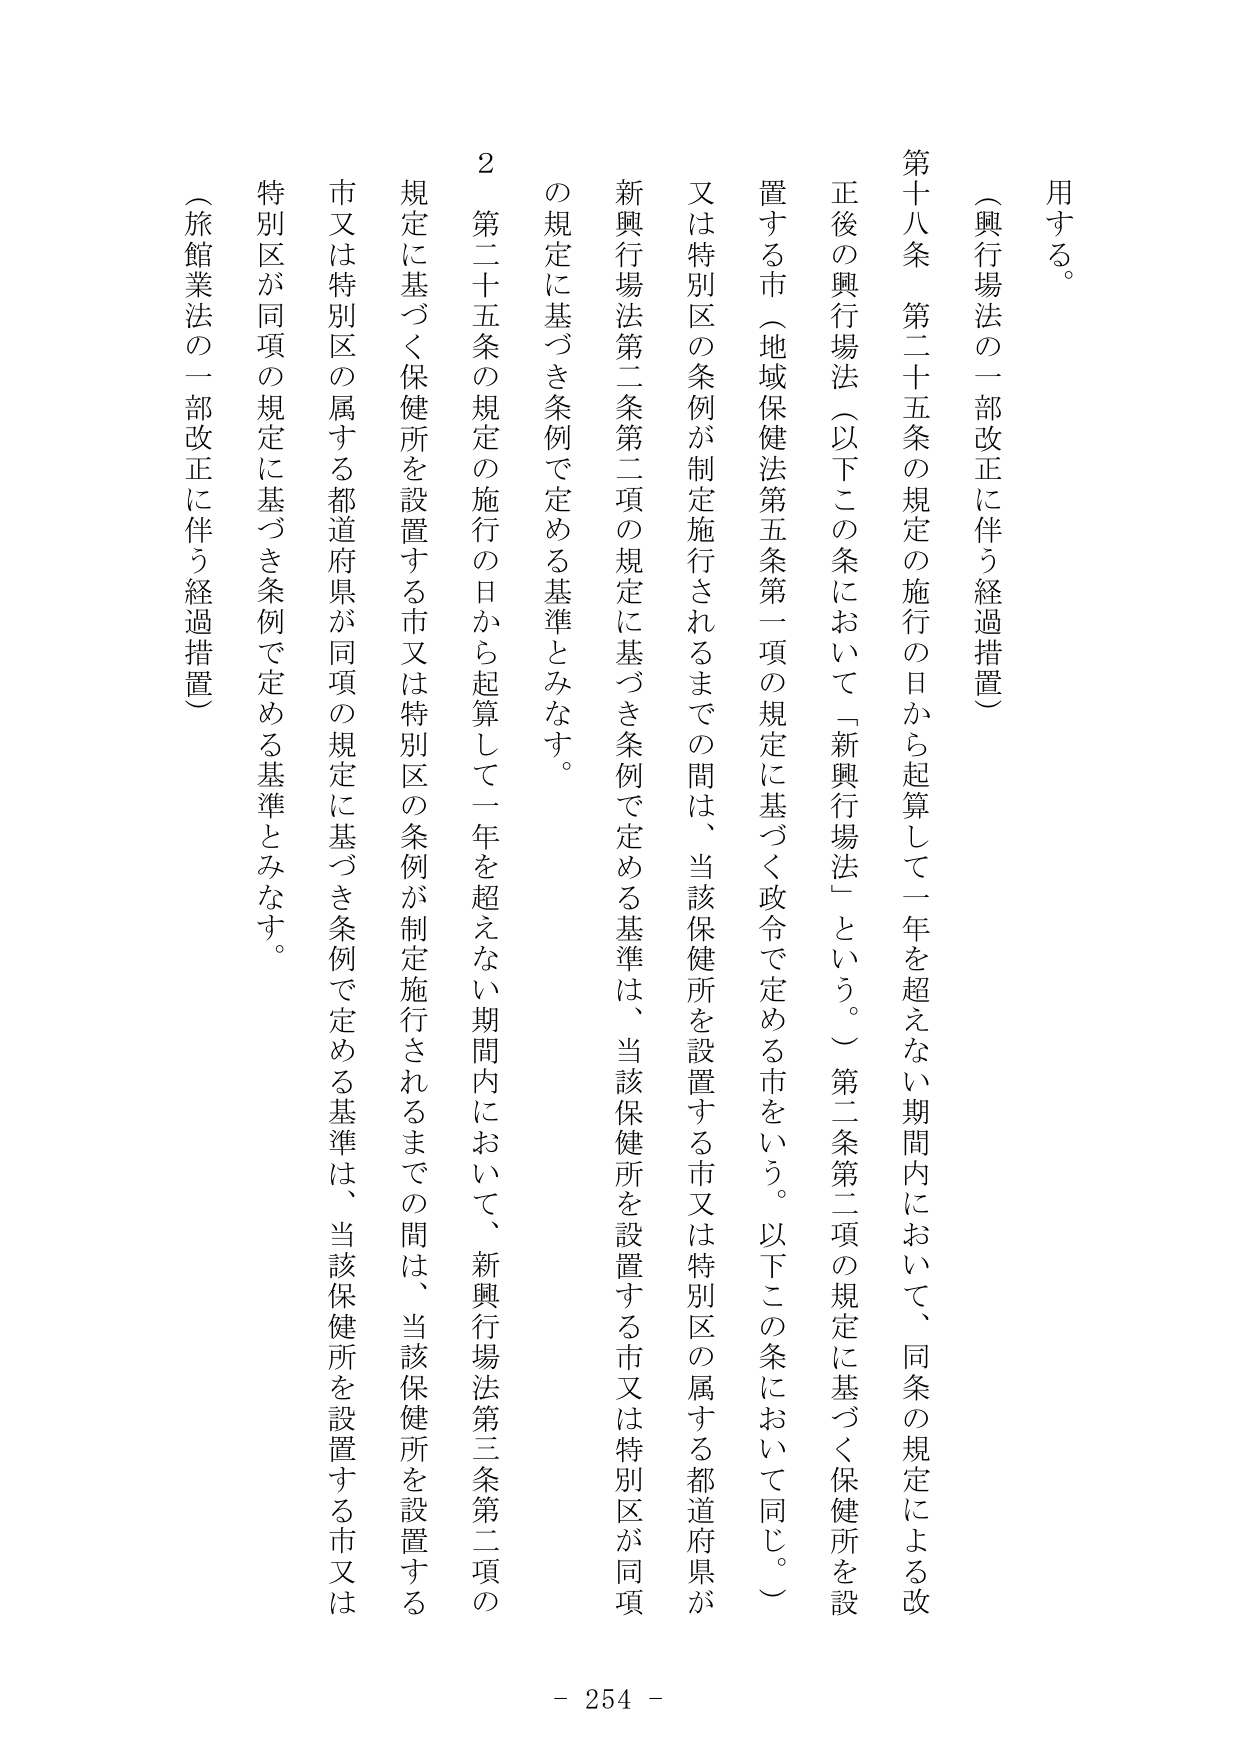
用する。

（興行場法の一部改正に伴う経過措置）

第十八条　第二十五条の規定の施行の日から起算して一年を超えない期間内において、同条の規定による改正後の興行場法（以下この条において「新興行場法」という。）第二条第二項の規定に基づく保健所を設置する市（地域保健法第五条第一項の規定に基づく政令で定める市をいう。以下この条において同じ。）又は特別区の条例が制定施行されるまでの間は、当該保健所を設置する市又は特別区の属する都道府県が新興行場法第二条第二項の規定に基づき条例で定める基準は、当該保健所を設置する市又は特別区が同項の規定に基づき条例で定める基準とみなす。

２　第二十五条の規定の施行の日から起算して一年を超えない期間内において、新興行場法第三条第二項の規定に基づく保健所を設置する市又は特別区の条例が制定施行されるまでの間は、当該保健所を設置する市又は特別区の属する都道府県が同項の規定に基づき条例で定める基準は、当該保健所を設置する市又は特別区が同項の規定に基づき条例で定める基準とみなす。

（旅館業法の一部改正に伴う経過措置）

- 254 -